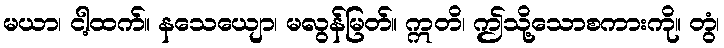
မယာ၊ ငါ့ထက်။ နသေယျော၊ မလွန်မြတ်။ ဣတိ၊ ဤသို့သောစကားကို။ တွံ၊